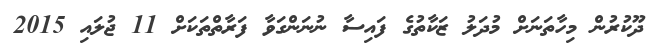
ދޫކުރުން މިހާތަނަށް މުދަލު ޒަކާތުގެ ފައިސާ ނުނަންގަވާ ފަރާތްތަކަށް 11 ޖުލައި 2015